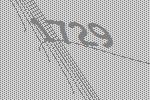
1729